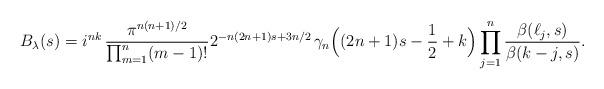
LaTeX: \begin{align*} B_\lambda(s)=i^{nk}\,\frac{\pi^{n(n+1)/2}}{\prod_{m=1}^{n}(m-1)!}2^{-n(2n+1)s+3n/2}\,\gamma_n\Big((2n+1)s-\frac12+k\Big)\prod_{j=1}^n\frac{\beta(\ell_j,s)}{\beta(k-j,s)}.\end{align*}